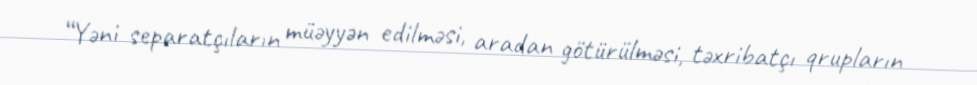
“Yəni separatçıların müəyyən edilməsi, aradan götürülməsi, təxribatçı qrupların